[Report on the health of British troops in the Madras command]
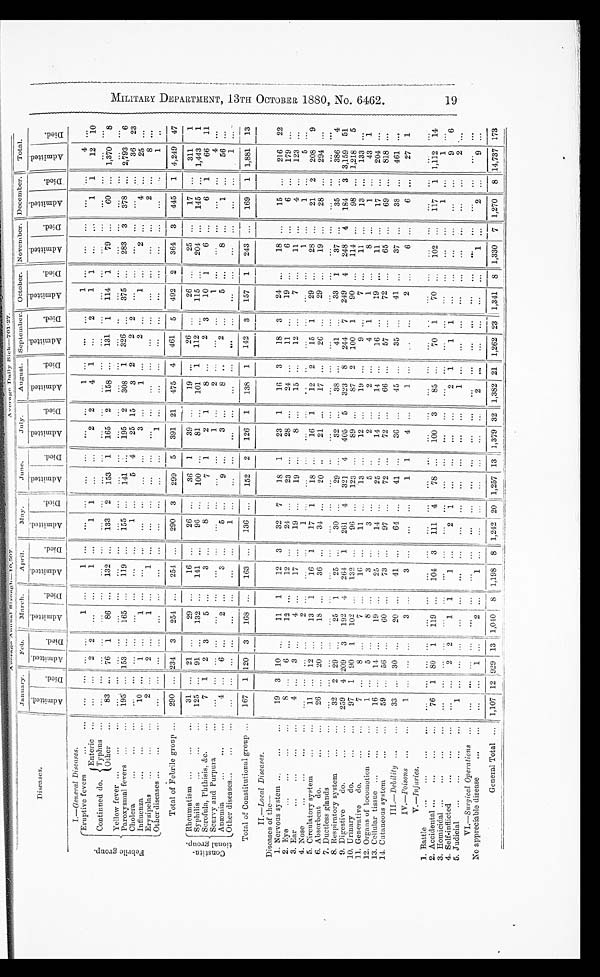
A v e r a g e A n n u a l S t r e n g h — 1 0 , 5 0 7
A v e r a g e D a i l y S i c k — 7 0 1 . 2 7
D i s e a s e s .
January.
Feb.
March.
April.
May.
June.
July.
August. September. October. November. December.
Total.
A d mi t t e d
D i e d
Admi t t ed
Died
Admi t t ed
Di e d
Admi t t ed
D i e d
Admitted
Died
A d m i t t e d
Died
Admi t t ed
D i e d
Admi t t ed
Died
A d m i t t e d
Di ed
A d m i t t e d
D i e d
A d m i t t e d
Di ed AdmittedDied
A d m i t t e d
Died
F e b r i l e g r o u p
I .—General Diseases.
Eruptive fevers
1
1
Enteric ...
...
...
2 2
1
1 1
2 2
4 1
2
1 1
1
1
12
10
Continued do. Typhus
...
...
1
Other
83 .
76 1
86
132
133 2
153 1
165 2
158
131 1
114 1
79
60
1,370
8
Yellow fever
Paroxysmal fevers
195
153
165
119
155
141
195 2
308 1
326
375
283 3
378
2,793
6
Cholera
...
1
5 4
25 15
3 2
2 2
...
...
...
...
...
...
36 23
Influenza
...
...
10 ...
1
3 ...
1 ...
1 ...
25
Erysipelas
...
...
...
2 ...
2 ...
1 ...
1 ...
...
...
...
...
2 ...
8 .,.
Other diseases
...
1
c o n s t i t u - t i o n a l g r o u p .
Total of Febrile group ...
290 ... 234 3
254 ...
254 ...
290 3
299 5
391 21
475 4 461 5
492 2
364 3
445
1 4,249 47
Rheumatism
...
...
..,
31
21
29
16
26
36 1
39 ...
19 ...
26
26
25
17
311
1
Syphilis
...
125
91
132
141
96
100 ...
81 ...
101 1
112
115
204 ,„
145 ... 1,443
1
Scrofula, Phthisis, &c.
...
7 1
2 3
5
3
8
7 1
2 1
8
2 3
10 1
6
6
1
66 11
S c u r v y a n d P u r p u r a
1
1
4
Anaemia
4
6
2
3 ...
5
9
3
8
2
5
8
1
...
56 ...
Other diseases...
...
1
1
Total of Constitutional group ...
167 1 120 3
168 ...
163 ...
136 ...
152 2
126 1
138 1
142 3
157 1
243
169
1 1,881 13
II— Local Diseases.
Diseases of the—
1. Nervous system
19 3 10
11 1
12 3
32 7
18 1
23 1
16 3
18 3
24
18
1
216
22
2. Eye
...
12
12
24 ...
23 ...
28
24 ...
11
19
6 ...
179
3. Ear
...
...
...
... .
4...
3 ...
4
17 ...
19
19
8
15 ...
1 2 ...
11
4 ...
123 ...
4. Nose
...
... ... ...
2 ...
...
1 ...
...
.
1 ...
1 ...
5 ...
5. Circulatory system
11 ... 12
13 1
16 1
17 1
18 ...
16 1
12 2
15 1
29
28
21
2
208
9
6. Absorbent do.
26 ... 20 ...
18
36
34
20
21
17 ...
26 ...
29
19 ...
28 ...
294
7. Ductless glands
...
...
...
...
8. Respiratory system
32 2 29 ...
25 1
25 ...
30 ...
29
32 ...
38 ...
41 ...
33 1
37 ...
35 ...
386
4
9. Digestive
do.
...
259 4 209 3
192 4
264 1
261 4
321
4
405 5
323 8
244 7
249 4
248 4
184
3 3,159
51
10. Urinary
do.
97 1 90 1
102
132 ...
96
123
89 ...
87 2
100 1
90
114
98 ... 1,218
5
11. Generative
do
7
8
7
16
11
13
12
19
9
7
11
13
133
12. Organs of locomotion
1
5
8
3
5
4 1
1
8
1 ...
43 1
13. Cellular tissue ...
...
...
16
14
19
25 ...
14
25 ...
14 ...
14 ...
16
19
11
17
204 ...
14. Cutaneous syste
59 ... 56 ...
60
73
97
72 ...
72 ...
66
57 ...
72
65
69
818
III .—Debility
...
33
30
2 0
41
64
41
36
45
35
41
37
3 8
461
IV.—Poisons
1
...
3
3 1
1 1
4
1
2
6
6
27 1
V.—Injuries
1. Battle
2. Accidental
76 1 80 1
119
104 3
111 4
78
100 .3
85 ...
70 1
70
102
117
1 1,112 14
3. Homicidal ...
... ...
...
...
...
...
...
...
...
1
1
4. Self-inflicted
...
...
...
...
...
2 2
1 1
1
2 1
1 1
...
...
...
...
...
...
9
6
5. Judicial
...
1
1
VI ,—Surgical Operations
No appreciable disease
...
...
1 ...
2 ...
1
2
9 ...
General Total
1,107 12 929 13 1,040
8
1,198 8 1,242 20 1,257 13 1,379 32 1,382 21 1,262 23 1,341
81
1,330 7 1 270 8 14,737 173
M I L I T A R Y D E P A R T M E N T , 1 3 T H O C T O B E R 1 8 8 0 , N o . 6 4 6 2